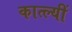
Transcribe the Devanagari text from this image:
कात्ल्यीं